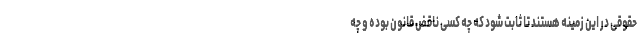
حقوقی در این زمینه هستند تا ثابت شود که چه کسی ناقض قانون بوده و چه